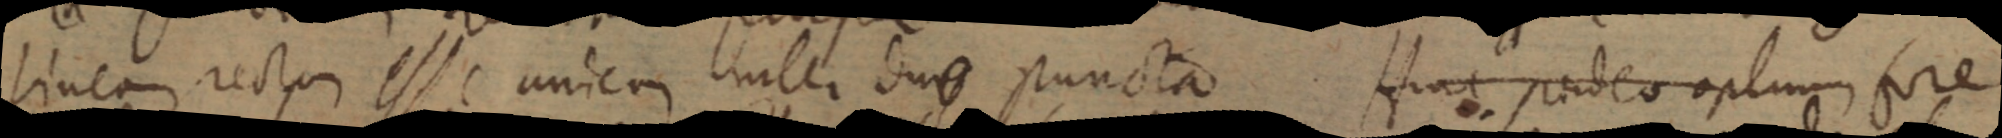
lineam recta esse unicum inter duae puncta Hinc p_deo optimum fore